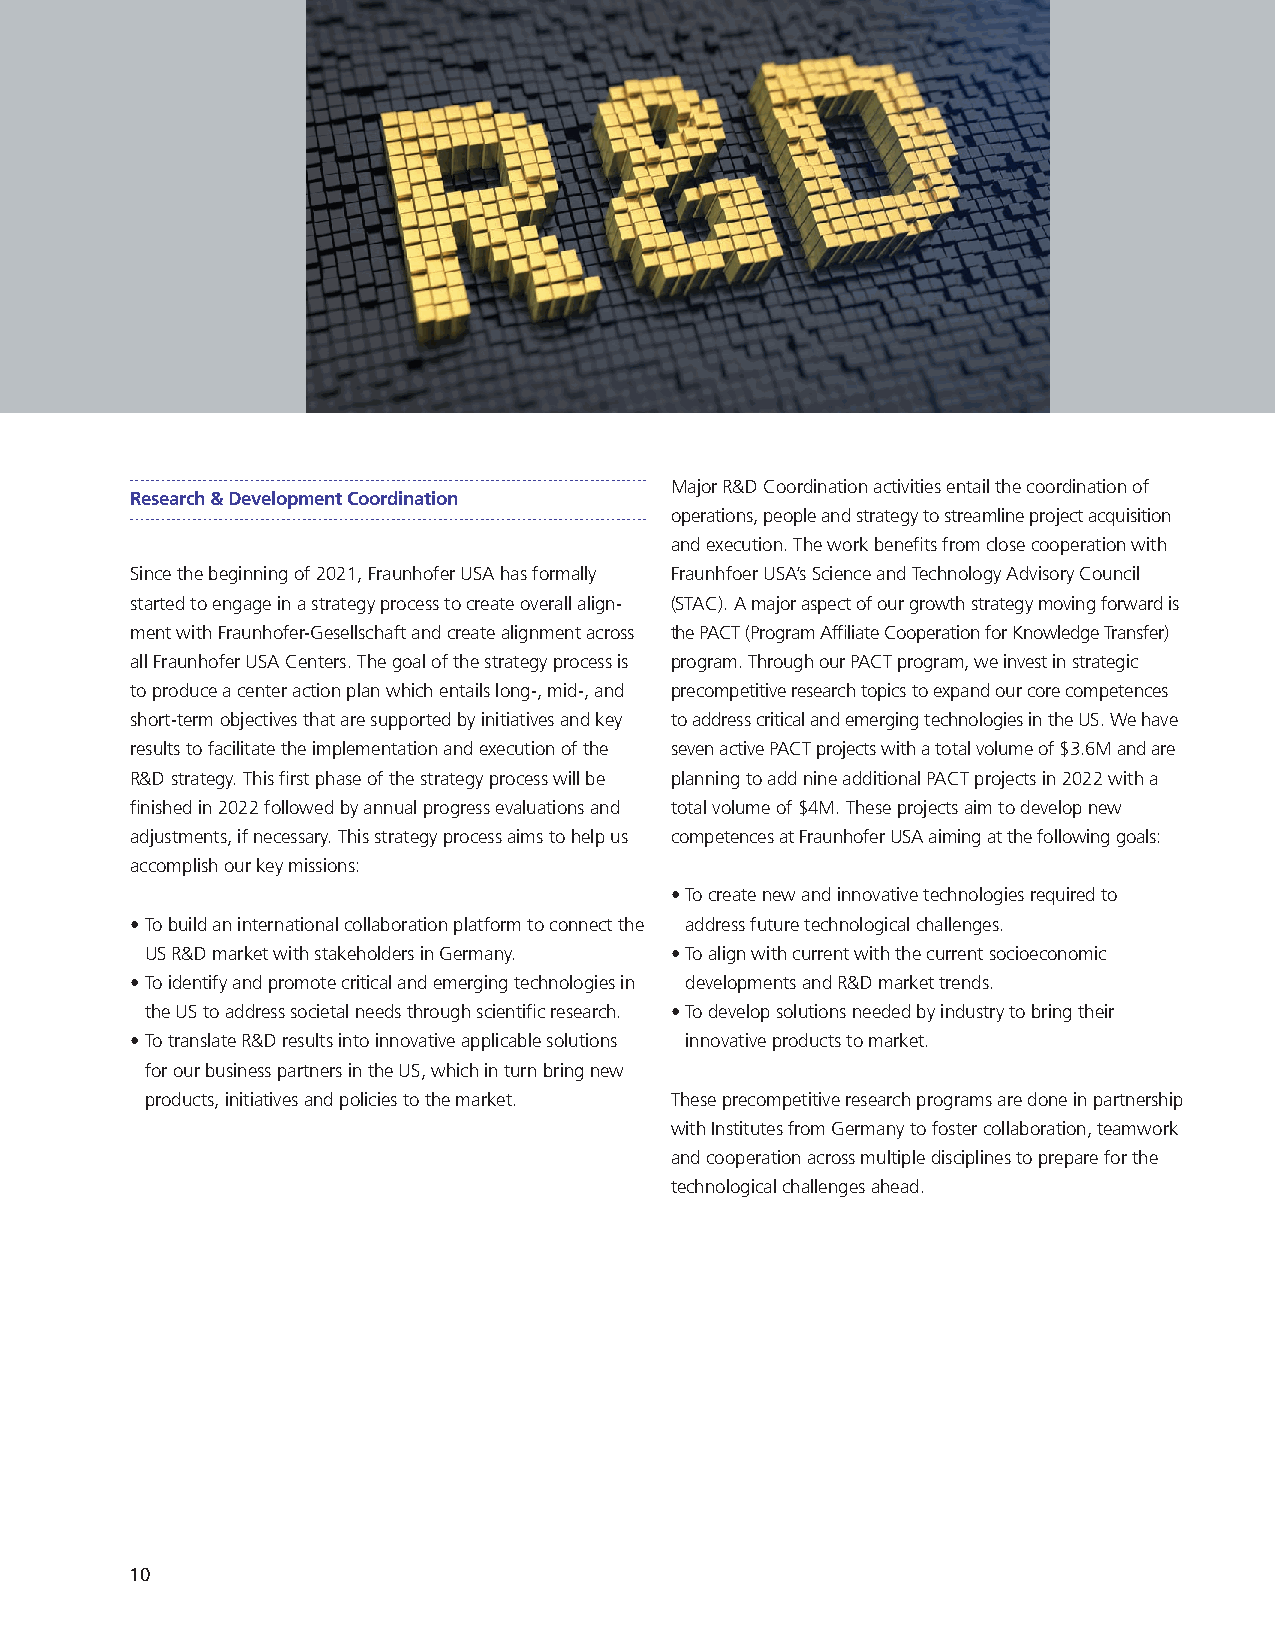
Major R&D Coordination activities entail the coordination of
 Research & Development Coordination
 operations, people and strategy to streamline project acquisition
 and execution. The work benefits from close cooperation with
 Since the beginning of 2021, Fraunhofer USA has formally Fraunhfoer USA’s Science and Technology Advisory Council
 started to engage in a strategy process to create overall align- (STAC). A major aspect of our growth strategy moving forward is
 ment with Fraunhofer-Gesellschaft and create alignment across the PACT (Program Affiliate Cooperation for Knowledge Transfer)
 all Fraunhofer USA Centers. The goal of the strategy process is program. Through our PACT program, we invest in strategic
 to produce a center action plan which entails long-, mid-, and precompetitive research topics to expand our core competences
 short-term objectives that are supported by initiatives and key to address critical and emerging technologies in the US. We have
 results to facilitate the implementation and execution of the seven active PACT projects with a total volume of $3.6M and are
 R&D strategy. This first phase of the strategy process will be planning to add nine additional PACT projects in 2022 with a
 finished in 2022 followed by annual progress evaluations and total volume of $4M. These projects aim to develop new
 adjustments, if necessary. This strategy process aims to help us competences at Fraunhofer USA aiming at the following goals:
 accomplish our key missions:
 • To create new and innovative technologies required to
 • To build an international collaboration platform to connect the address future technological challenges.
 US R&D market with stakeholders in Germany. • To align with current with the current socioeconomic
 • To identify and promote critical and emerging technologies in developments and R&D market trends.
 the US to address societal needs through scientific research. • To develop solutions needed by industry to bring their
 • To translate R&D results into innovative applicable solutions innovative products to market.
 for our business partners in the US, which in turn bring new
 products, initiatives and policies to the market. These precompetitive research programs are done in partnership
 with Institutes from Germany to foster collaboration, teamwork
 and cooperation across multiple disciplines to prepare for the
 technological challenges ahead.
 10